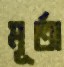
মূর্তা